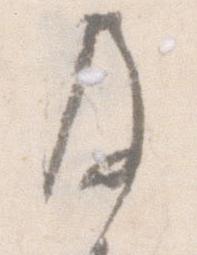
及